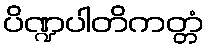
ပိဏ္ဍပါတိကတ္တံ